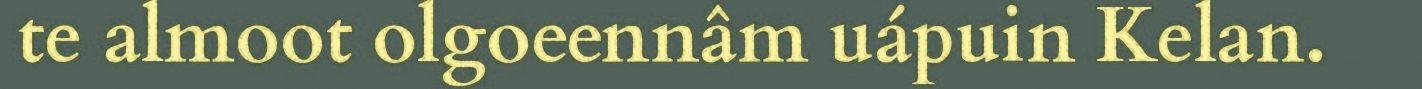
te almoot olgoeennâm uápuin Kelan.